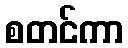
စတင်ကာ